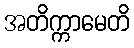
အတိက္ကာမေတိ